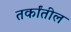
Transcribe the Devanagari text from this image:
तर्कांतील